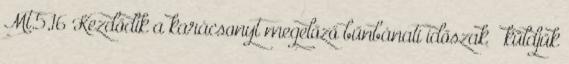
Mt.5,16 Kezdődik a karácsonyt megelőző bűnbánati időszak – küldjük